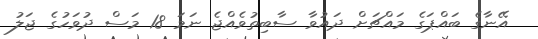
އޭނާގެ ބައްޕަގެ މައްޗަށް ދައުވާ ސާބިތުވެއްޖެ ނަމަ 18 މަސް ދުވަހުގެ ޖަލު